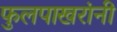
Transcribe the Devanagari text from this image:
फुलपाखरांनी